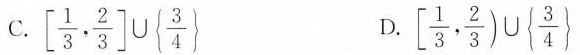
C.[ \frac{1}{3}, \frac{2}{3}] \cup { \frac{3}{4}} D. [ \frac{1}{3}, \frac{2}{3})\cup {\frac{3}{4}}